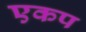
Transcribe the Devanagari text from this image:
एकप